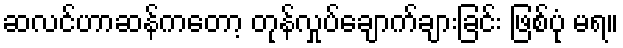
ဆလင်ဟာဆန်ကတော့ တုန်လှုပ်ချောက်ချားခြင်း ဖြစ်ပုံ မရ။